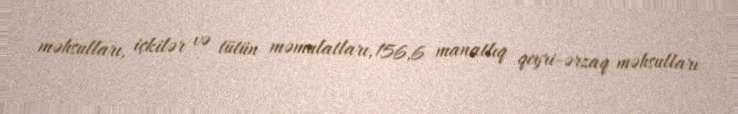
məhsulları, içkilər və tütün məmulatları, 156,6 manatlıq qeyri-ərzaq məhsulları